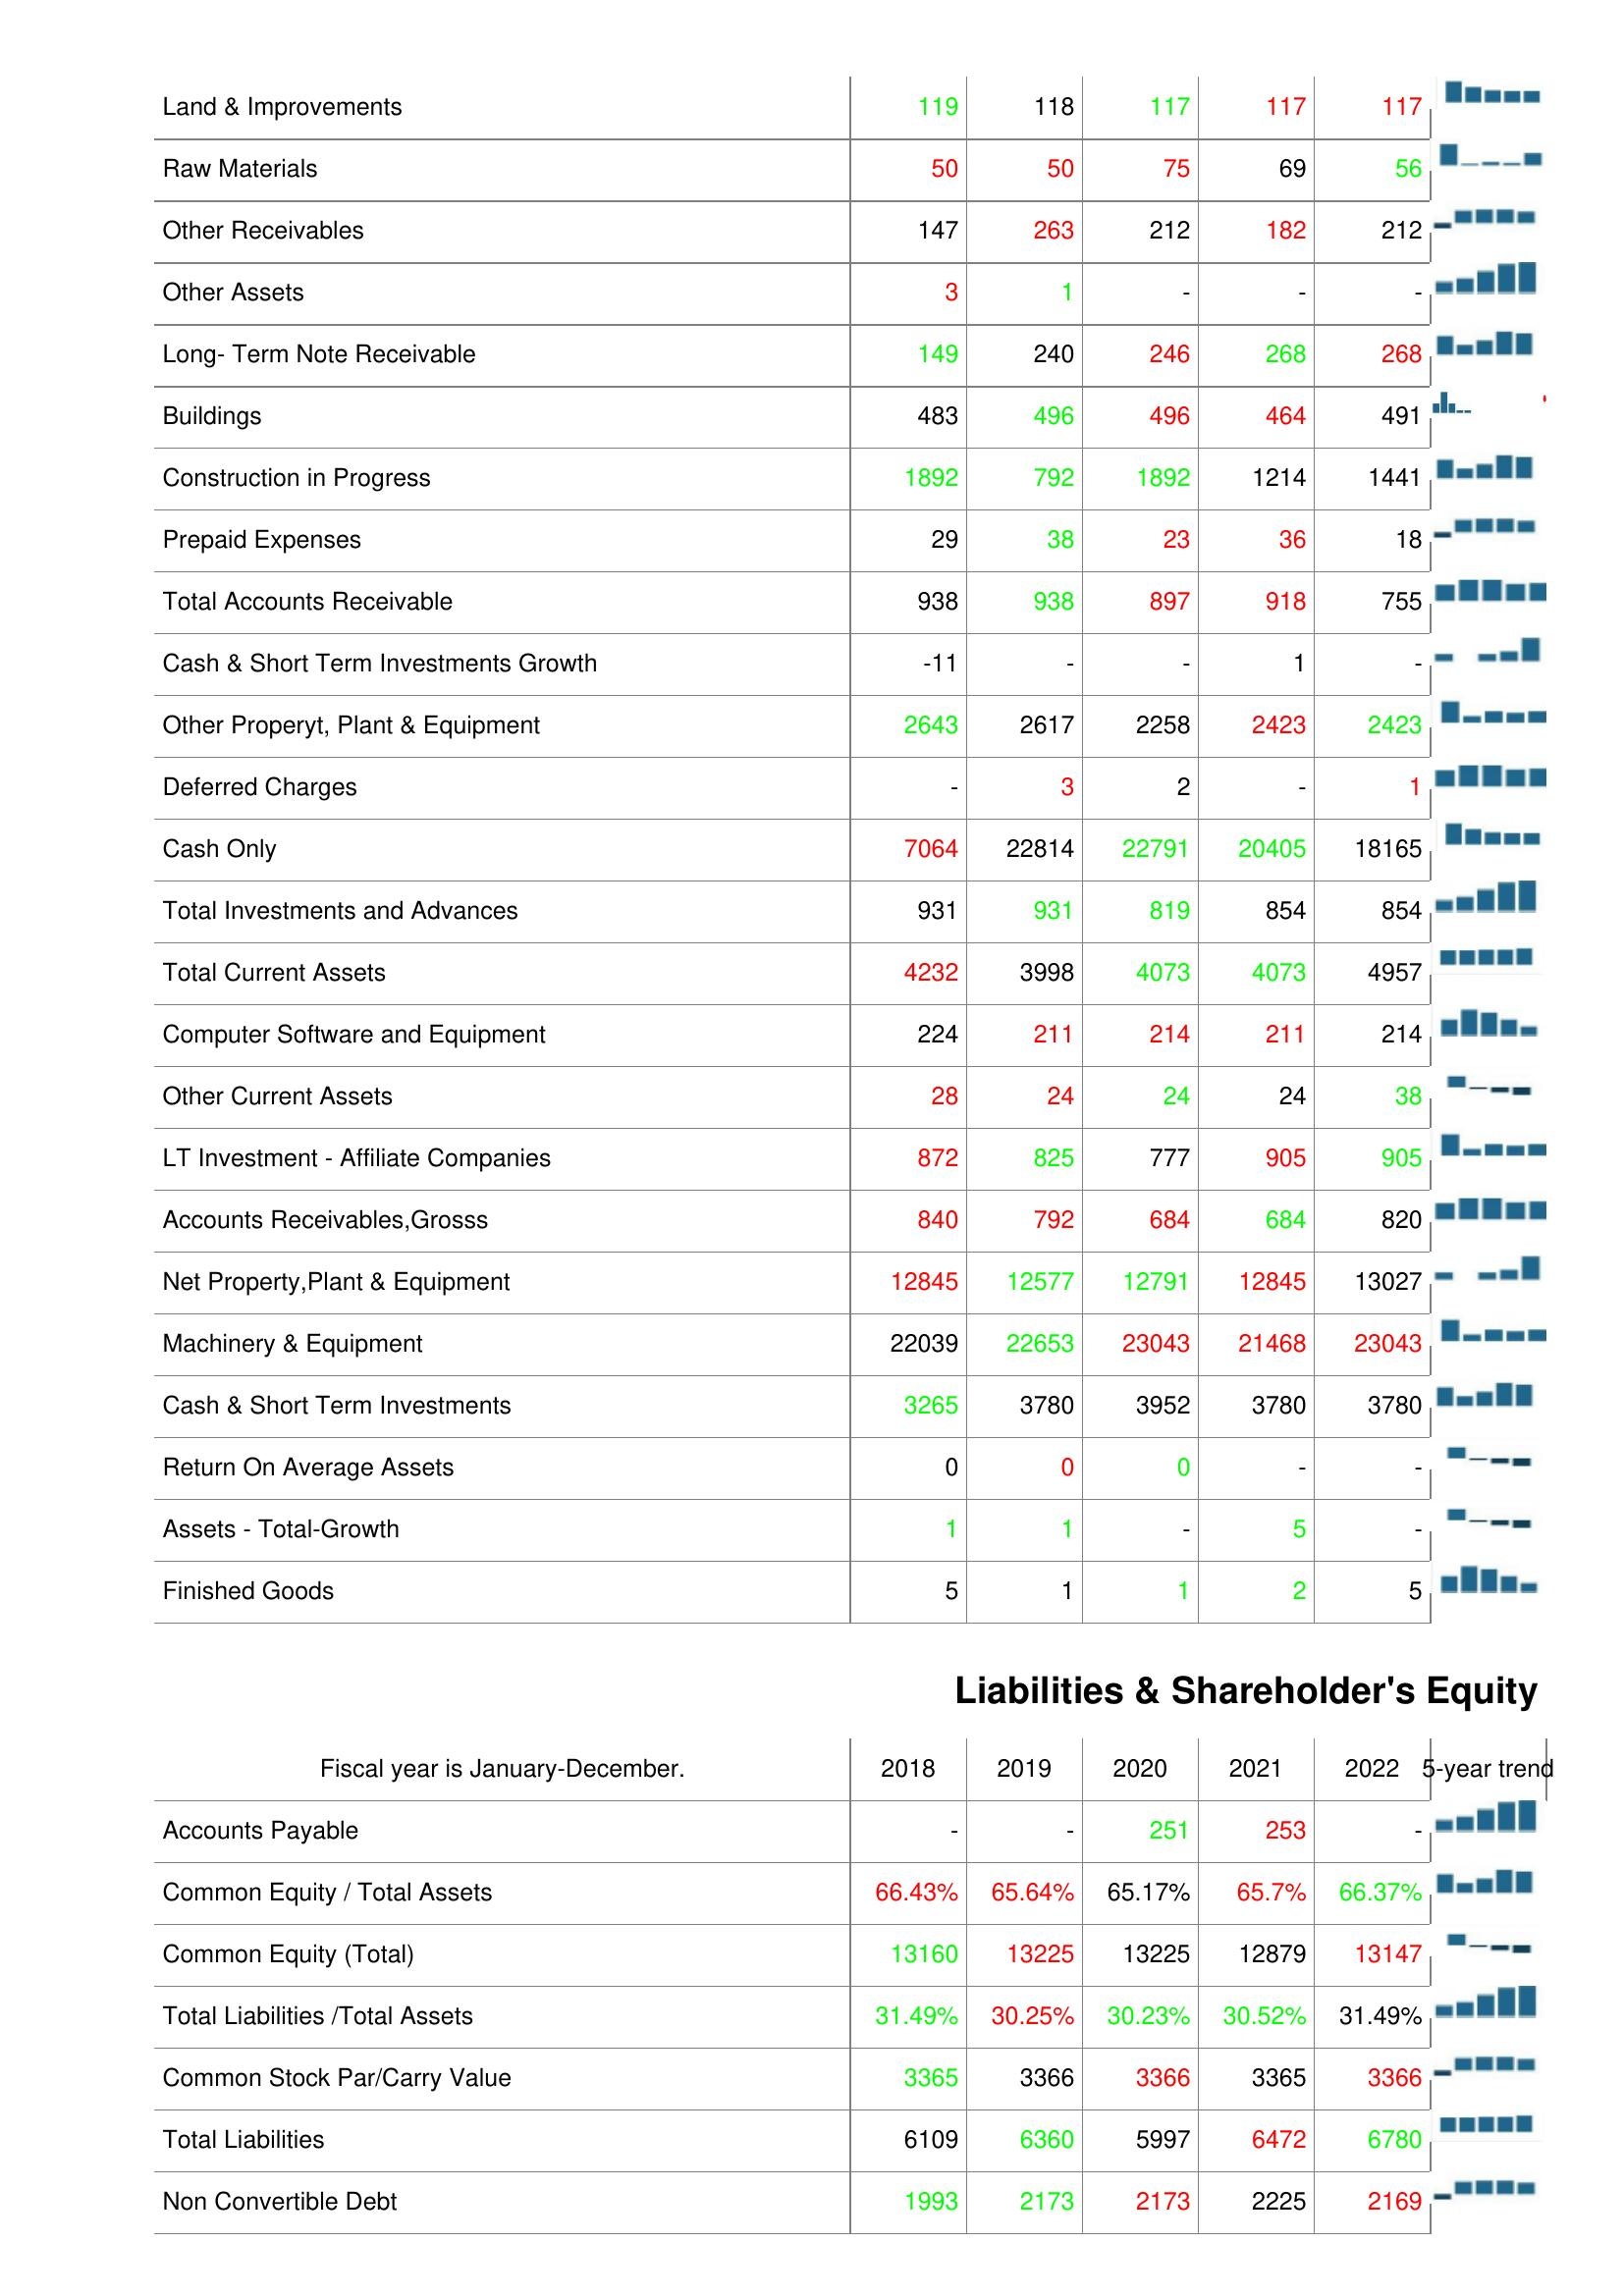
2018: Assets: Land & Improvements: 119
Raw Materials: 50
Other Receivables: 147
Other Assets: 3
Long- Term Note Receivable: 149
Buildings: 483
Construction in Progress: 1892
Prepaid Expenses: 29
Total Accounts Receivable: 938
Cash & Short Term Investments Growth: -11
Other Properyt, Plant & Equipment: 2643
Deferred Charges: -
Cash Only: 7064
Total Investments and Advances: 931
Total Current Assets: 4232
Computer Software and Equipment: 224
Other Current Assets: 28
LT Investment - Affiliate Companies: 872
Accounts Receivables,Grosss: 840
Net Property,Plant & Equipment: 12845
Machinery & Equipment: 22039
Cash & Short Term Investments: 3265
Return On Average Assets: 0
Assets - Total-Growth: 1
Finished Goods: 5
Liabilities & Shareholder's Equity: Accounts Payable: -
Common Equity / Total Assets: 66.43%
Common Equity (Total): 13160
Total Liabilities /Total Assets: 31.49%
Common Stock Par/Carry Value: 3365
Total Liabilities: 6109
Non Convertible Debt: 1993
2019: Assets: Land & Improvements: 118
Raw Materials: 50
Other Receivables: 263
Other Assets: 1
Long- Term Note Receivable: 240
Buildings: 496
Construction in Progress: 792
Prepaid Expenses: 38
Total Accounts Receivable: 938
Cash & Short Term Investments Growth: -
Other Properyt, Plant & Equipment: 2617
Deferred Charges: 3
Cash Only: 22814
Total Investments and Advances: 931
Total Current Assets: 3998
Computer Software and Equipment: 211
Other Current Assets: 24
LT Investment - Affiliate Companies: 825
Accounts Receivables,Grosss: 792
Net Property,Plant & Equipment: 12577
Machinery & Equipment: 22653
Cash & Short Term Investments: 3780
Return On Average Assets: 0
Assets - Total-Growth: 1
Finished Goods: 1
Liabilities & Shareholder's Equity: Accounts Payable: -
Common Equity / Total Assets: 65.64%
Common Equity (Total): 13225
Total Liabilities /Total Assets: 30.25%
Common Stock Par/Carry Value: 3366
Total Liabilities: 6360
Non Convertible Debt: 2173
2020: Assets: Land & Improvements: 117
Raw Materials: 75
Other Receivables: 212
Other Assets: -
Long- Term Note Receivable: 246
Buildings: 496
Construction in Progress: 1892
Prepaid Expenses: 23
Total Accounts Receivable: 897
Cash & Short Term Investments Growth: -
Other Properyt, Plant & Equipment: 2258
Deferred Charges: 2
Cash Only: 22791
Total Investments and Advances: 819
Total Current Assets: 4073
Computer Software and Equipment: 214
Other Current Assets: 24
LT Investment - Affiliate Companies: 777
Accounts Receivables,Grosss: 684
Net Property,Plant & Equipment: 12791
Machinery & Equipment: 23043
Cash & Short Term Investments: 3952
Return On Average Assets: 0
Assets - Total-Growth: -
Finished Goods: 1
Liabilities & Shareholder's Equity: Accounts Payable: 251
Common Equity / Total Assets: 65.17%
Common Equity (Total): 13225
Total Liabilities /Total Assets: 30.23%
Common Stock Par/Carry Value: 3366
Total Liabilities: 5997
Non Convertible Debt: 2173
2021: Assets: Land & Improvements: 117
Raw Materials: 69
Other Receivables: 182
Other Assets: -
Long- Term Note Receivable: 268
Buildings: 464
Construction in Progress: 1214
Prepaid Expenses: 36
Total Accounts Receivable: 918
Cash & Short Term Investments Growth: 1
Other Properyt, Plant & Equipment: 2423
Deferred Charges: -
Cash Only: 20405
Total Investments and Advances: 854
Total Current Assets: 4073
Computer Software and Equipment: 211
Other Current Assets: 24
LT Investment - Affiliate Companies: 905
Accounts Receivables,Grosss: 684
Net Property,Plant & Equipment: 12845
Machinery & Equipment: 21468
Cash & Short Term Investments: 3780
Return On Average Assets: -
Assets - Total-Growth: 5
Finished Goods: 2
Liabilities & Shareholder's Equity: Accounts Payable: 253
Common Equity / Total Assets: 65.7%
Common Equity (Total): 12879
Total Liabilities /Total Assets: 30.52%
Common Stock Par/Carry Value: 3365
Total Liabilities: 6472
Non Convertible Debt: 2225
2022: Assets: Land & Improvements: 117
Raw Materials: 56
Other Receivables: 212
Other Assets: -
Long- Term Note Receivable: 268
Buildings: 491
Construction in Progress: 1441
Prepaid Expenses: 18
Total Accounts Receivable: 755
Cash & Short Term Investments Growth: -
Other Properyt, Plant & Equipment: 2423
Deferred Charges: 1
Cash Only: 18165
Total Investments and Advances: 854
Total Current Assets: 4957
Computer Software and Equipment: 214
Other Current Assets: 38
LT Investment - Affiliate Companies: 905
Accounts Receivables,Grosss: 820
Net Property,Plant & Equipment: 13027
Machinery & Equipment: 23043
Cash & Short Term Investments: 3780
Return On Average Assets: -
Assets - Total-Growth: -
Finished Goods: 5
Liabilities & Shareholder's Equity: Accounts Payable: -
Common Equity / Total Assets: 66.37%
Common Equity (Total): 13147
Total Liabilities /Total Assets: 31.49%
Common Stock Par/Carry Value: 3366
Total Liabilities: 6780
Non Convertible Debt: 2169